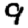
Digit: 9